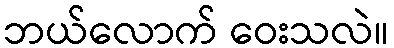
ဘယ်လောက် ဝေးသလဲ။